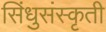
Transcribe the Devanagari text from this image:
सिंधुसंस्कृती